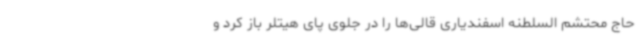
حاج محتشم السلطنه اسفندیاری قالی‌ها را در جلوی پای هیتلر باز کرد و